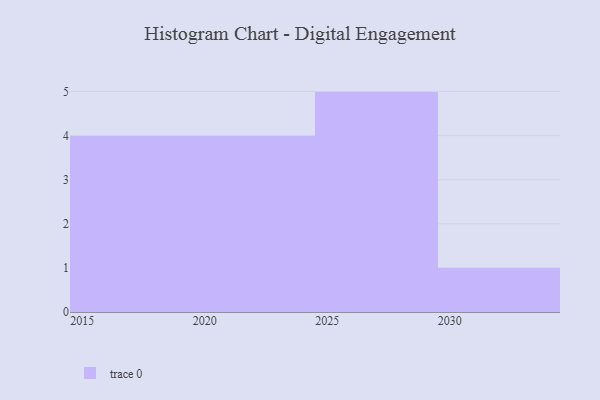
{"axis": {"x": "Year", "y": "Operating Costs (USD K)"}, "legend": [""], "data": [{"x": "2022", "y": 64, "type": ""}, {"x": "2025", "y": 26, "type": ""}, {"x": "2023", "y": 75, "type": ""}, {"x": "2018", "y": 17, "type": ""}, {"x": "2026", "y": 14, "type": ""}, {"x": "2016", "y": 66, "type": ""}, {"x": "2021", "y": 37, "type": ""}, {"x": "2017", "y": 67, "type": ""}, {"x": "2030", "y": 41, "type": ""}, {"x": "2019", "y": 5, "type": ""}, {"x": "2024", "y": 35, "type": ""}, {"x": "2027", "y": 40, "type": ""}, {"x": "2028", "y": 18, "type": ""}, {"x": "2029", "y": 61, "type": ""}]}